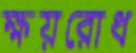
ক্ষয়রোধ